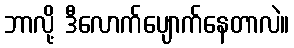
ဘာလို့ ဒီလောက်ပျောက်နေတာလဲ။